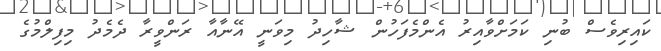
ކައިރިވެސް ބުނި ކަމަށްވާއިރު އެންމެފަހުން ޝާހިދު މިވަނީ އޭނާއާ ރަންވީރާ ދެމެދު މިފިލްމުގެ